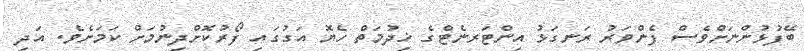
ބޭފުޅުންނަށްވެސް ފެންވަރު ރަނގަޅު އިންޓަރނެޓްގެ ޚިދުމަތް ހެޔޮ އަގުގައި ފޯރުކޮށްދިނުމަށް ކަމަށެވެ. އަދި